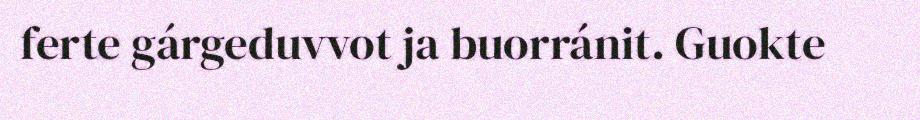
ferte gárgeduvvot ja buorránit. Guokte